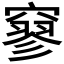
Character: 𥧯